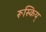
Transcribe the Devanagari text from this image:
रूस्किय्